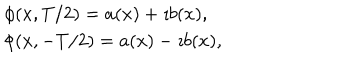
LaTeX: \begin{array} { l } { { \phi ( x , T / 2 ) = a ( x ) + \imath b ( x ) , \nonumber } } \\ { { \phi ( x , - T / 2 ) = a ( x ) - \imath b ( x ) , } } \\ \end{array}